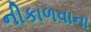
નીકાળવાના